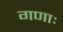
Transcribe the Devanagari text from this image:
गणाः